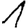
Digit: 1